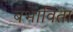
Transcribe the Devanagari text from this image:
बभाविता